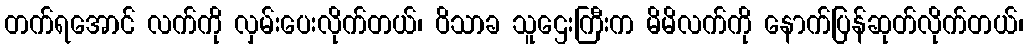
တက်ရအောင် လက်ကို လှမ်းပေးလိုက်တယ်၊ ဝိသာခ သူဌေးကြီးက မိမိလက်ကို နောက်ပြန်ဆုတ်လိုက်တယ်၊